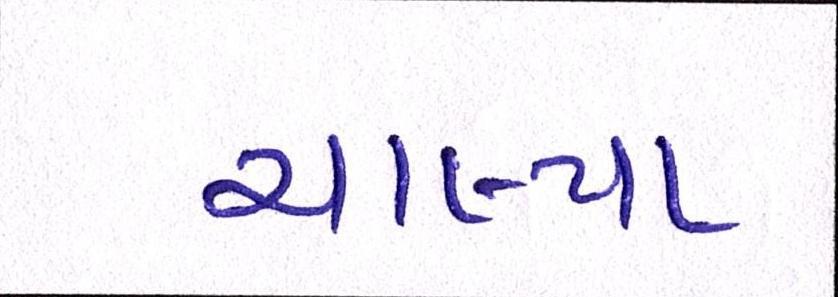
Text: ચાલ્યા